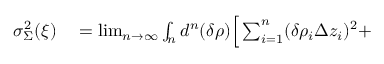
\begin{array} { r l } { \sigma _ { \Sigma } ^ { 2 } ( \boldsymbol { \xi } ) } & { { } = \operatorname* { l i m } _ { n \to \infty } \int _ { n } d ^ { n } ( \boldsymbol { \delta \rho } ) \Big [ \sum _ { i = 1 } ^ { n } ( \delta \rho _ { i } \Delta z _ { i } ) ^ { 2 } + } \end{array}